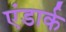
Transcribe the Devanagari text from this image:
एंडार्क